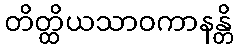
တိတ္ထိယသာဝကာနန္တိ